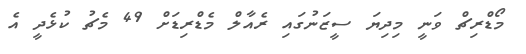
މޯޑްރިޗް ވަނީ މިދިޔަ ސީޒަނުގައި ރެއާލް މެޑްރިޑަށް 49 މެޗު ކުޅެދީ އެ